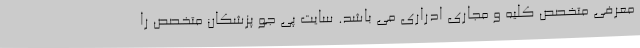
معرفی متخصص کلیه و مجاری ادراری می باشد. سایت پی جو پزشکان متخصص را